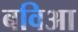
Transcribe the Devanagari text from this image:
बविआ